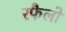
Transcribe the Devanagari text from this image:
रफैलो